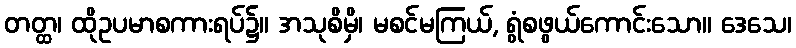
တတ္ထ၊ ထိုဥပမာစကားရပ်၌။ အသုစိမှိ၊ မစင်မကြယ်, ရွံစဖွယ်ကောင်းသော။ ဒေသေ၊